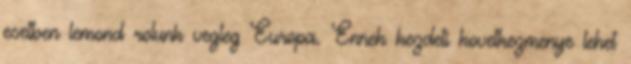
esetben lemond rolunk vegleg Europa. Ennek kezdeti kovetkezmenye lehet